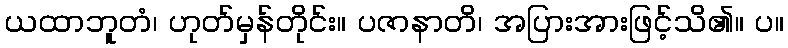
ယထာဘူတံ၊ ဟုတ်မှန်တိုင်း။ ပဇာနာတိ၊ အပြားအားဖြင့်သိ၏။ ပ။